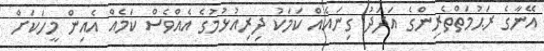
އޭނާގެ ރަޙުމަތްތެރިންގެ އަދަދު ގިނައެއް ކަމަކު ދިރިއުޅުމުގެ އެއްވެސް ކަމެއް އެއިން މީހަކަށް